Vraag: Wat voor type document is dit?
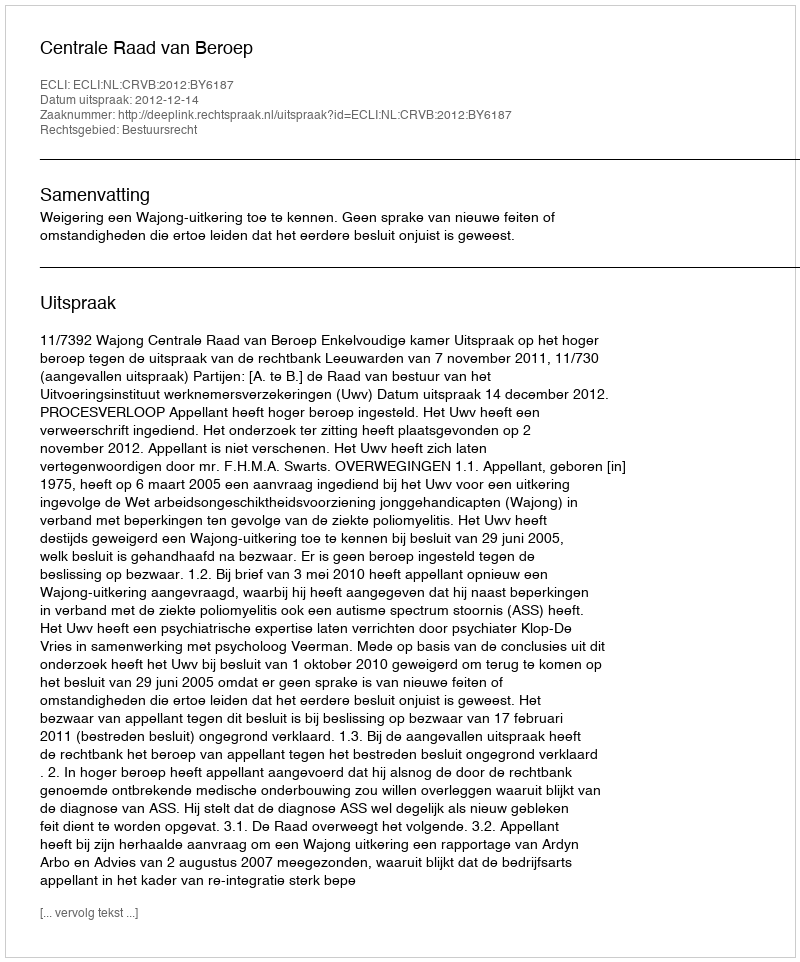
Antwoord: Uitspraak